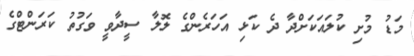
މަޑު މުށި ކުލައަކަށްދާ ދެ ކަޅި އަހަރެންގެ ލޮލާ ސީދާވީ ވަގުތު ކަރަންޓްގެ